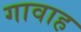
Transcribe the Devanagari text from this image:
गावाह